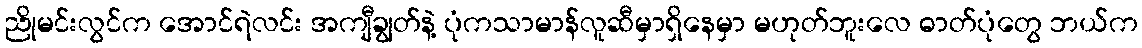
ညိုမင်းလွင်က အောင်ရဲလင်း အကျီချွတ်နဲ့ ပုံကသာမာန်လူဆီမှာရှိနေမှာ မဟုတ်ဘူးလေ ဓာတ်ပုံတွေ ဘယ်က